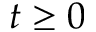
t \geq 0